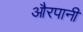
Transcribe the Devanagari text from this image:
औरपानी